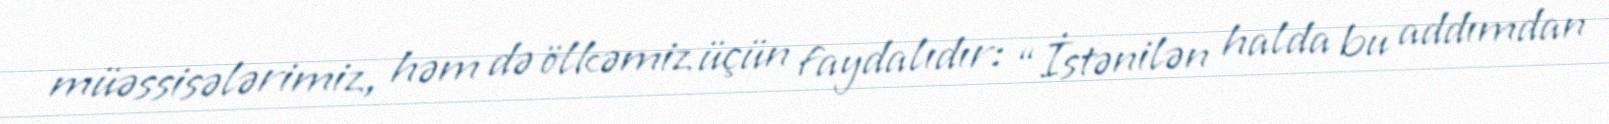
müəssisələrimiz, həm də ölkəmiz üçün faydalıdır: “İstənilən halda bu addımdan